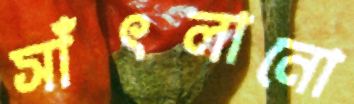
সাঁৎলানো